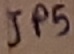
Text: JP5